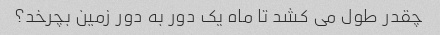
چقدر طول می کشد تا ماه یک دور به دور زمین بچرخد؟